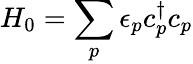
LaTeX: H_{0}=\sum_{p}\epsilon_{p}c_{p}^{\dagger}c_{p}